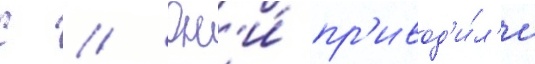
С // Он'и́ пр'ивод'и́л'и